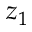
z _ { 1 }